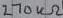
Text: 270kΩ